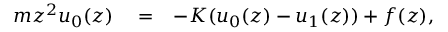
\begin{array} { r l r } { m z ^ { 2 } u _ { 0 } ( z ) } & { { } = } & { - K ( u _ { 0 } ( z ) - u _ { 1 } ( z ) ) + f ( z ) , } \end{array}